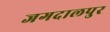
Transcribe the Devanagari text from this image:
जगदालपुर